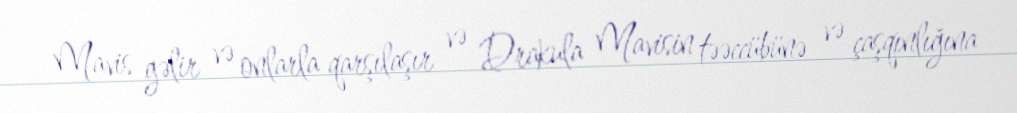
Mavis gəlir və onlarla qarşılaşır və Drakula Mavisin təəccübünə və çaşqınlığına